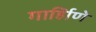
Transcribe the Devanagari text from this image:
गार्हािणे